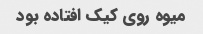
میوه روی کیک افتاده بود